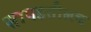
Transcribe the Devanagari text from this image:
सापडतीलच